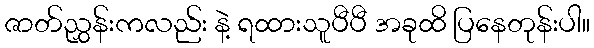
ဇာတ်ညွှန်းကလည်း နဲ့ ရထားသူပီပီ အခုထိ ပြနေတုန်းပါ။